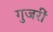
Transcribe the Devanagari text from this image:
गुजरीं